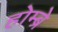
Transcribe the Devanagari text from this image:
होम्ब्रे